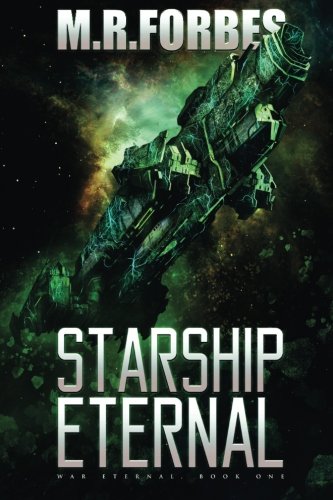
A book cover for Starship Eternal (War Eternal) (Volume 1); M.R. Forbes; Science Fiction & Fantasy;